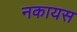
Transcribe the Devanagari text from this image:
नकायस